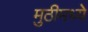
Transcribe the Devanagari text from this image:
मुठीमध्ये